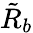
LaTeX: \tilde{R}_{b}